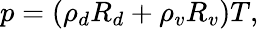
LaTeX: p=(\rho_{d}R_{d}+\rho_{v}R_{v})T,